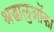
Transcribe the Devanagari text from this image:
श्रद्धालुओंका